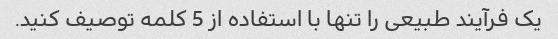
یک فرآیند طبیعی را تنها با استفاده از 5 کلمه توصیف کنید.